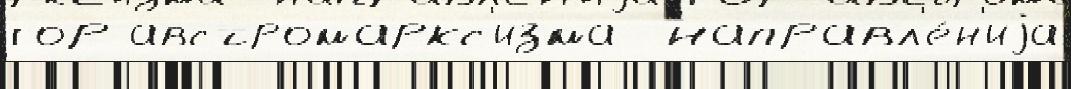
гор австромаркс'изма  направл'е́н'иjа